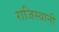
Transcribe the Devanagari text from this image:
राजिस्थानी